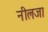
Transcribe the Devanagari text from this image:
नीलजा